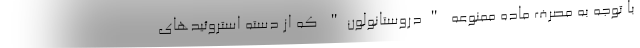
با توجه به مصرف ماده ممنوعه "دروستانولون" که از دسته استروئیدهای